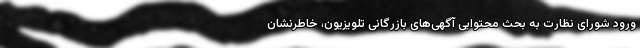
ورود شورای نظارت به بحثِ محتوایی آگهی‌های بازرگانی تلویزیون، خاطرنشان